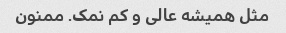
مثل همیشه عالی و کم نمک. ممنون